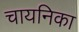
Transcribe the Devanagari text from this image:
चायनिका